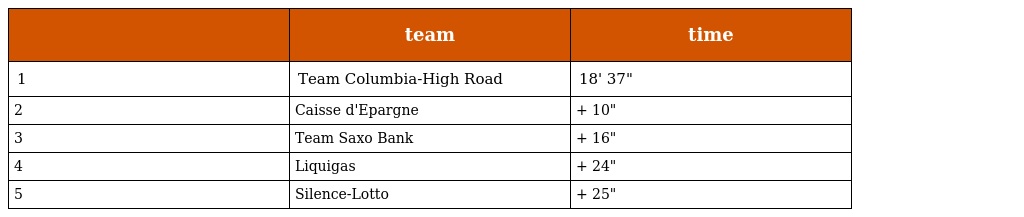
|  | team | time |
 | --- | --- | --- |
 | 1 | Team Columbia-High Road | 18' 37" |
 | 2 | Caisse d'Epargne | + 10" |
 | 3 | Team Saxo Bank | + 16" |
 | 4 | Liquigas | + 24" |
 | 5 | Silence-Lotto | + 25" |